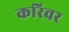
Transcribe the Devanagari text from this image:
करिवर